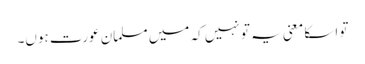
تو اسکا معنی یہ تو نہیں کہ میں مسلمان عورت ہوں۔